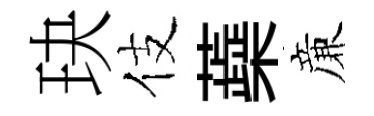
玦伎蘃亷